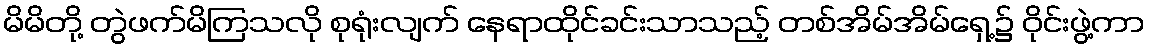
မိမိတို့ တွဲဖက်မိကြသလို စုရုံးလျက် နေရာထိုင်ခင်းသာသည့် တစ်အိမ်အိမ်ရှေ့၌ ဝိုင်းဖွဲ့ကာ